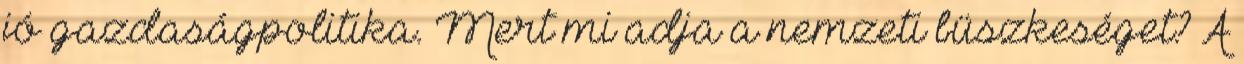
jó gazdaságpolitika. Mert mi adja a nemzeti büszkeséget? A